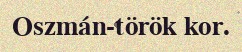
Oszmán-török kor.